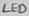
Text: LED